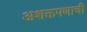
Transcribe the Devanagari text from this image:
अशक्तपणाची